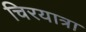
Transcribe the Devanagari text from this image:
चिरयात्रा